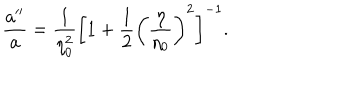
\frac { a ^ { \prime \prime } } { a } = \frac { 1 } { \eta _ { 0 } ^ { 2 } } \biggl [ 1 + \frac { 1 } { 2 } \biggl ( \displaystyle { \frac { \eta } { \eta _ { 0 } } } \biggr ) ^ { 2 } \biggr ] ^ { - 1 } .